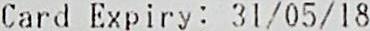
CARD EXPIRY : 31/05/18